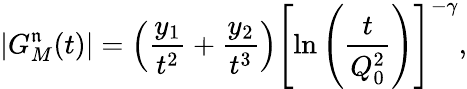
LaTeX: \left|G_{M}^{\mathfrak{n}}(t)\right|=\left(\frac{{y_{1}}}{{t^{2}}}+\frac{{y_{2}}}{{t^{3}}}\right)\left[\ln\left(\frac{{t}}{{Q_{0}^{2}}}\right)\right]^{-\gamma},